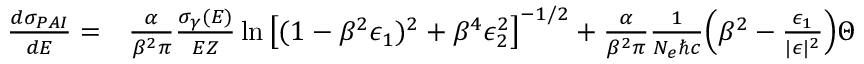
\begin{array} { r l } { \frac { d \sigma _ { P A I } } { d E } = } & { { } \frac { \alpha } { \beta ^ { 2 } \pi } \frac { \sigma _ { \gamma } ( E ) } { E Z } \ln \big [ ( 1 - \beta ^ { 2 } \epsilon _ { 1 } ) ^ { 2 } + \beta ^ { 4 } \epsilon _ { 2 } ^ { 2 } \big ] ^ { - 1 / 2 } + \frac { \alpha } { \beta ^ { 2 } \pi } \frac { 1 } { N _ { e } \hbar c } \Big ( \beta ^ { 2 } - \frac { \epsilon _ { 1 } } { | \epsilon | ^ { 2 } } \Big ) \Theta } \end{array}